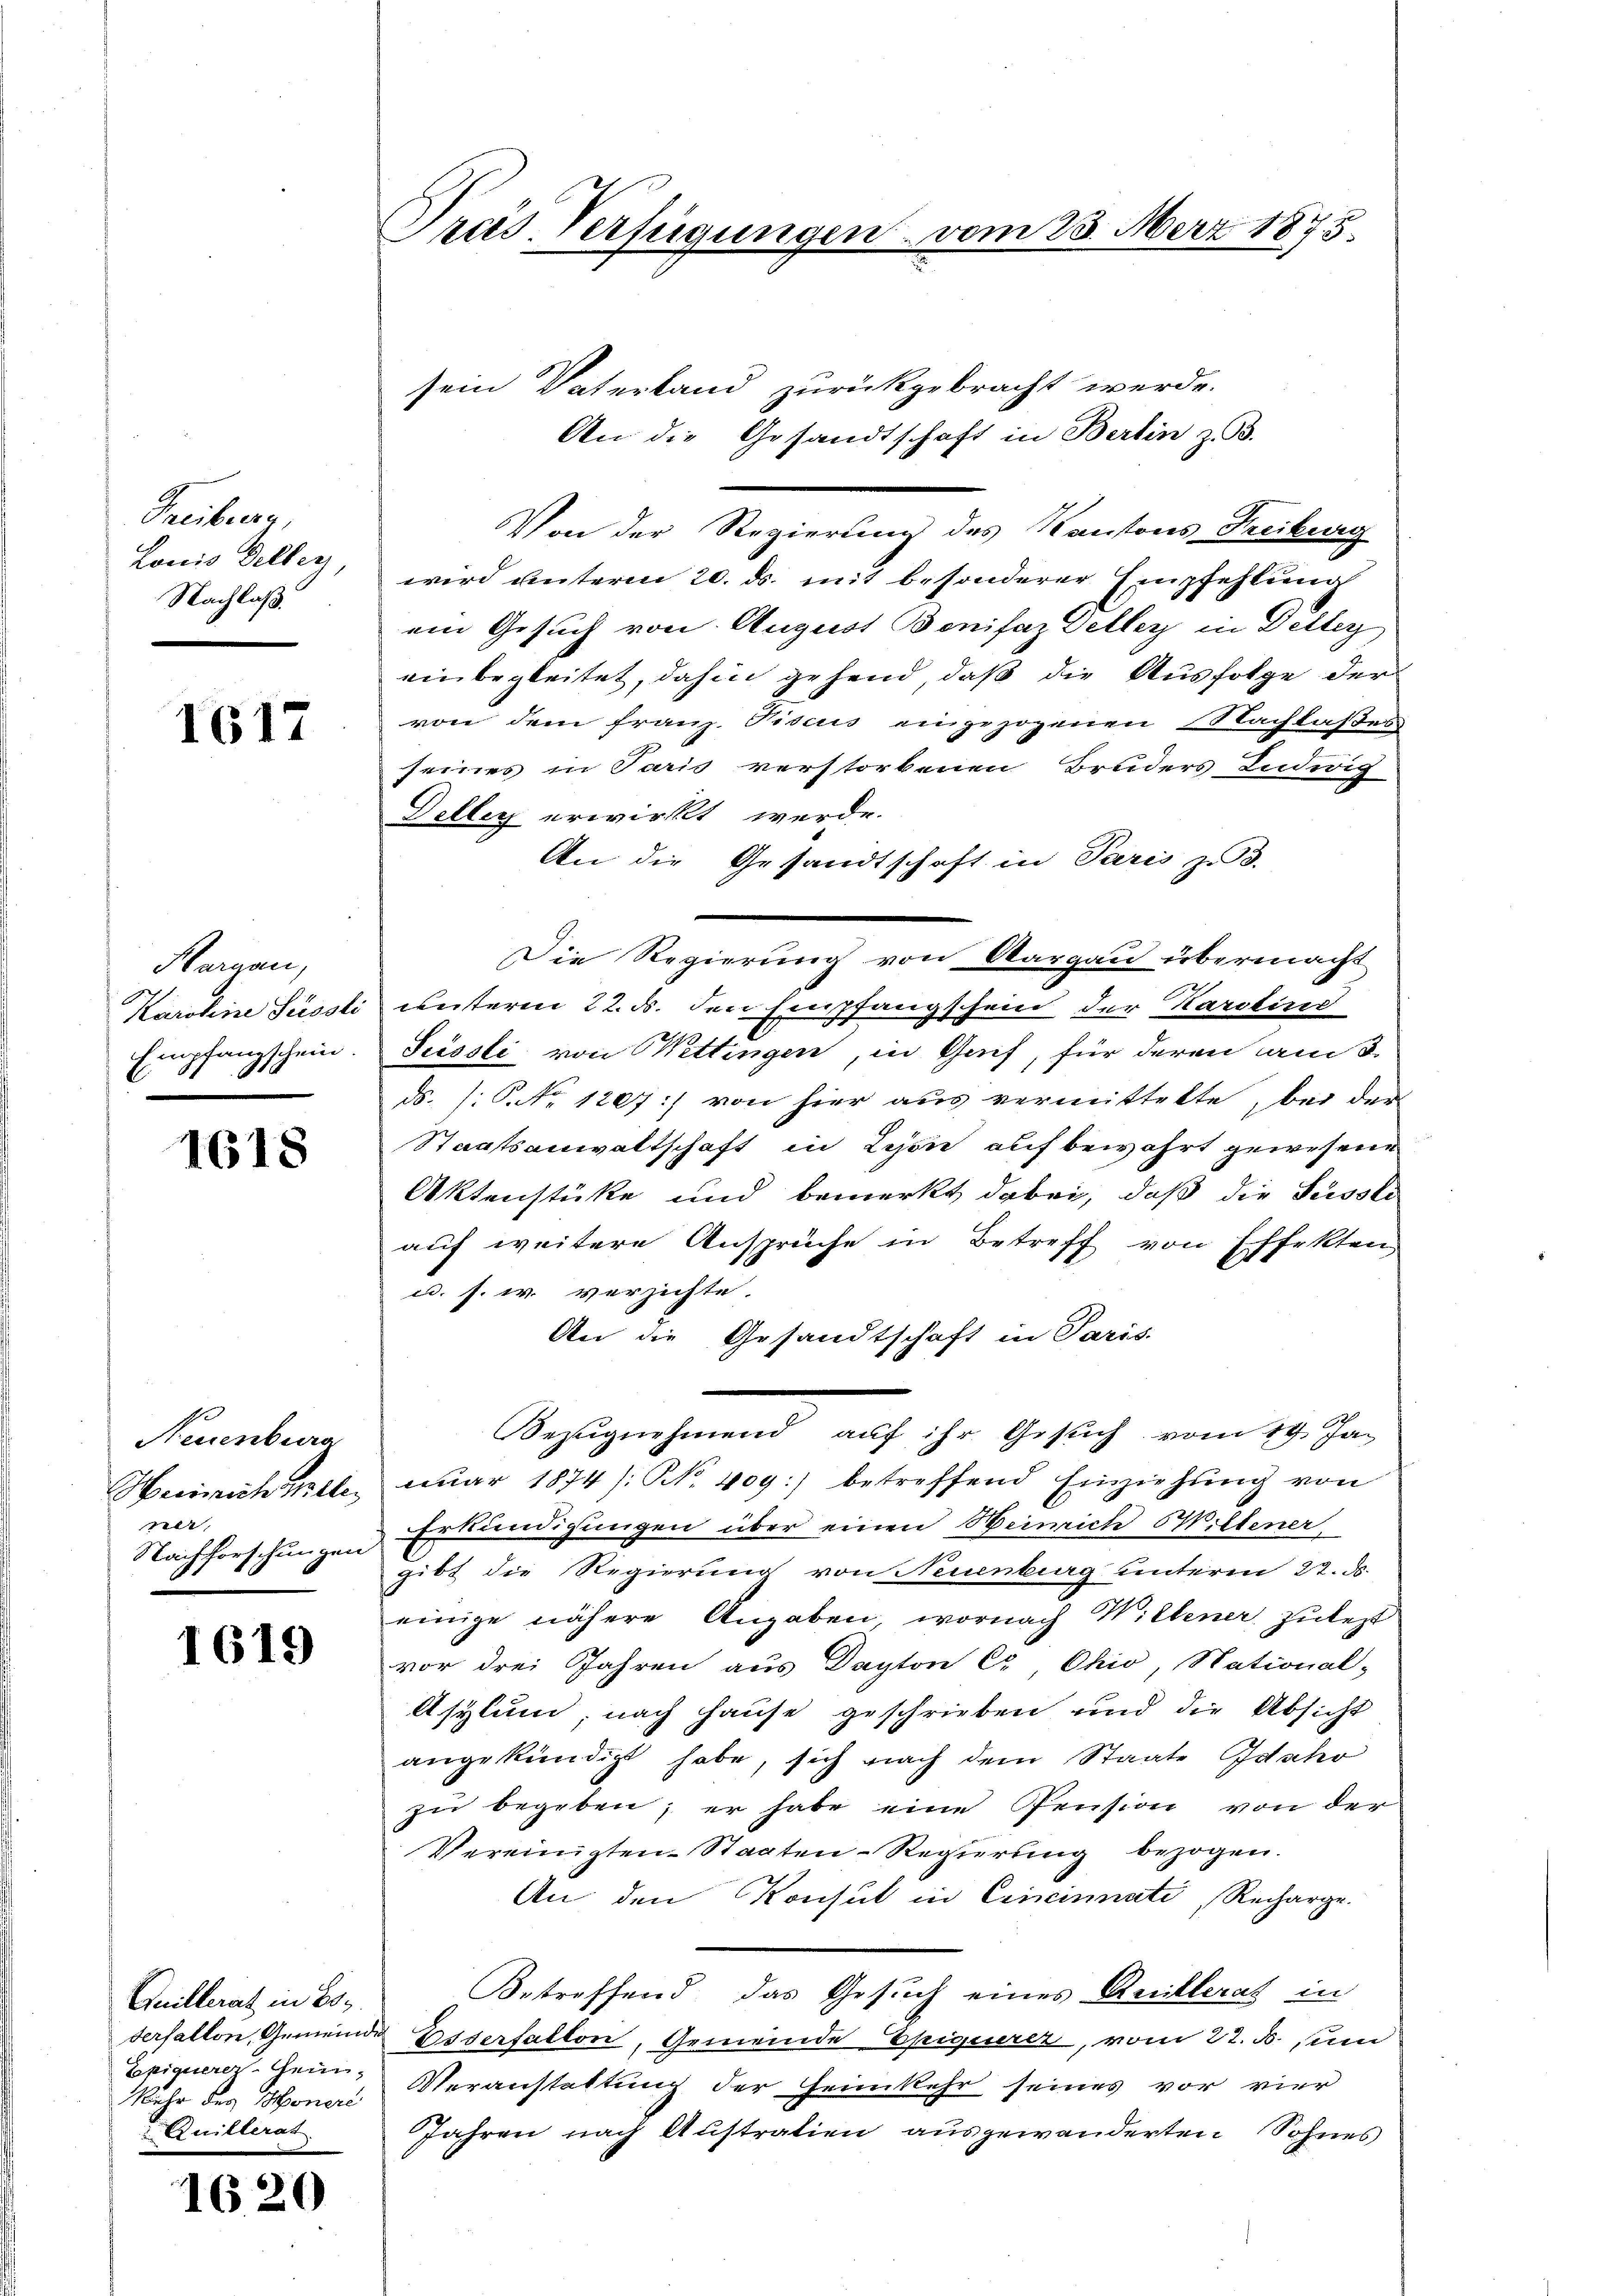
Treiburg,
Lonio deller,
Nachlaß.

1617

Margau,
Karoline Süssli
Empfangschein

1618

Neuenburg
Heinrich teler
ner,
Nachforschungen

1619

Quillerat in Es
Tepiquerer Hein¬
Mehr des Moneri
Quillerat

1620

Präs. Verfügungen vom 23. März 1875.

sein Vaterband zurückgebracht werde.
Von der Regierung des Kantons Freiburg
wird unterm 20. ds. mit besonderer Empfehlung
ein Gesuch von August Bonifaz Veller in Deller
einbegleitet, dahin gehend, daß die Ausfolge der
von dem Franz. Fiscus eingezogenen Nachlaßes
seines in Paris verstorbenen Bruders Ludwig
Deller erwirkt werde.
An die Gesandtschaft in Paris z. B.
Die Regierung von Aargau übermacht
unterm 22. ds. den Empfangschein der Karolinis
Pressli von Wettingen, in Gaif, für deren am 3.
ds. (: S. Nr. 1207:) von hier aus vermittelte, bei der
Staatsanwaltschaft in Lyon aufbewahrt gewesene
Aktenstücke und bemerkt dabei, daß die Süssle
auf weitere Ansprüche in Betreff von Effekten,
c. s. w. verzichte.
An die Gesandtschaft in Paris.
Bezugnahmend auf ihr Gesuch vom 19. Jan
nuar 1874). N. 409) betreffend Einziehung von
Erkundigungen über einen Heinrich Wiltener
gibt die Regierung von Neuenburg unterm 22. ds.
einige nähere Angaben, wornach Wiltener zulezt
vor drei Jahren aus Dapton C, Ohio, National-
Asylum, nach Hause geschrieben und die Absicht
angekündigt habe, sich nach dem Staate Gescho
zŭ begeben, er habe eine Pension von der
Vereinigten-Staaten-Regierung bezogen.
An den Konsul in Criminnati, Recharge.
Betreffend das Gesuch eines Anillerat in
derfallon, Gemeinde Esserfallon, Gemeinde Epiquerer, vom 22. d. um
Veranstattung der Heimkehr seines vor vier
Jahren nach Austration ausgewanderten Sohnes

An die Gesandtschaft in Berlin z. B.